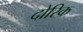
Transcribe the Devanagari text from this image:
दोरिक